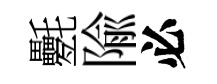
氎隃必